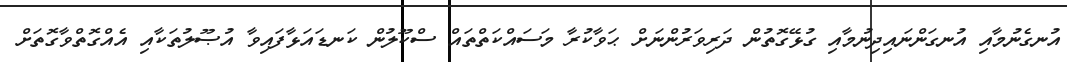
އުނގެނުމާއި އުނގަންނައިދިނުމާއި ގުޅޭގޮތުން ދަރިވަރުންނަށް ޙަވާކުރާ މަސައްކަތްތައް ސްކޫލުން ކަނޑައަޅާފައިވާ އުޞޫލުތަކާއި އެއްގޮތްވާގޮތަށް